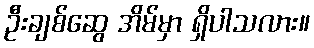
ဦးချစ်ဆွေ အိမ်မှာ ရှိပါသလား။